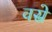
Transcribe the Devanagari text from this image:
वस्रे